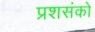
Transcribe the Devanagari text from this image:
प्रशसंको